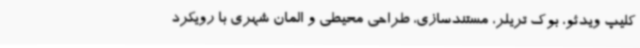
کلیپ ویدئو، بوک تریلر، مستندسازی، طراحی محیطی و المان شهری با رویکرد